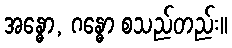
အန္ဓော, ဂန္ဓော စသည်တည်း။